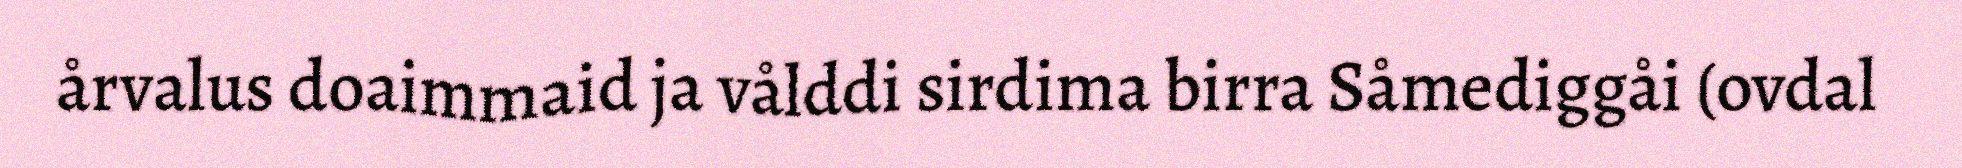
årvalus doaimmaid ja vålddi sirdima birra Såmediggåi (ovdal